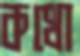
কথো